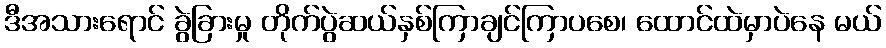
ဒီအသားရောင် ခွဲခြားမှု တိုက်ပွဲဆယ်နှစ်ကြာချင်ကြာပစေ၊ ထောင်ထဲမှာပဲနေ မယ်